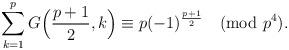
LaTeX: \begin{align*} \sum_{k=1}^{p} G\Bigl(\frac{p+1}{2}, k\Bigr) \equiv p (-1)^{\frac{p+1}{2}} \pmod{p^4}.\end{align*}